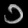
Digit: ၁